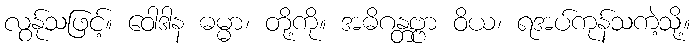
လွန်ုသဖြင့်။ ဝေါဒါန ဓမ္မာ၊ တို့ကို။ အဓိဂန္တဗ္ဗာ ဝိယ၊ ရအပ်ကုန်သကဲ့သို့။